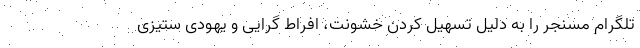
تلگرام مسنجر را به دلیل تسهیل کردن خشونت، افراط گرایی و یهودی ستیزی